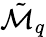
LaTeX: \tilde{\mathcal{M}}_{q}